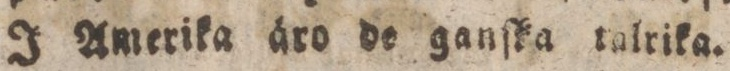
J Amerika äro de ganſka talrika.